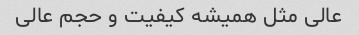
عالی مثل همیشه کیفیت و حجم عالی